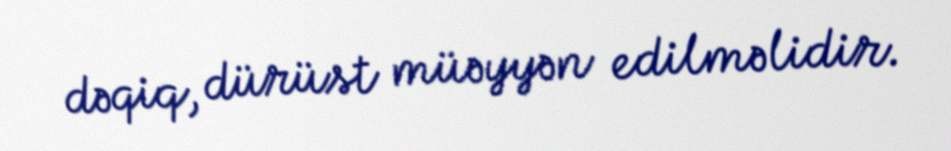
dəqiq, dürüst müəyyən edilməlidir.